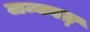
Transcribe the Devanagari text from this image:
लम्बबत्